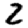
Digit: 2